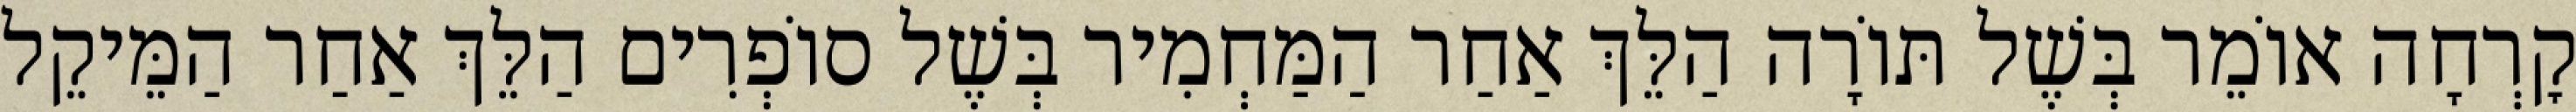
קׇרְחָה אוֹמֵר בְּשֶׁל תּוֹרָה הַלֵּךְ אַחַר הַמַּחְמִיר בְּשֶׁל סוֹפְרִים הַלֵּךְ אַחַר הַמֵּיקֵל